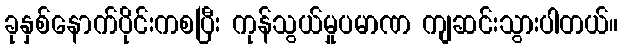
ခုနှစ်နောက်ပိုင်းကစပြီး ကုန်သွယ်မှုပမာဏ ကျဆင်းသွားပါတယ်။